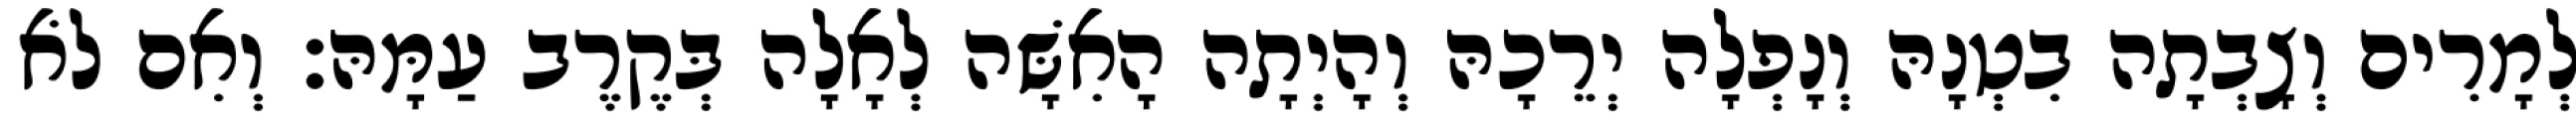
לְמָרִים וְצָבְתָה בִטְנָהּ וְנָפְלָה יְרֵכָהּ וְהָיְתָה הָאִשָּׁה לְאָלָה בְּקֶרֶב עַמָּהּ׃ וְאִם לֹא